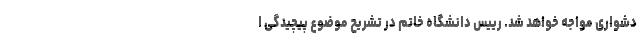
دشواری مواجه خواهد شد. رییس دانشگاه خاتم در تشریح موضوع پیچیدگی ا